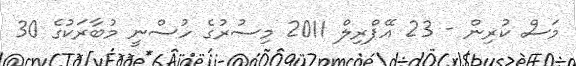
މަސް ކުރިން - 23 އޭޕްރިލް 2011 މިސުރުގެ ހުސްނީ މުބާރަކުގެ 30